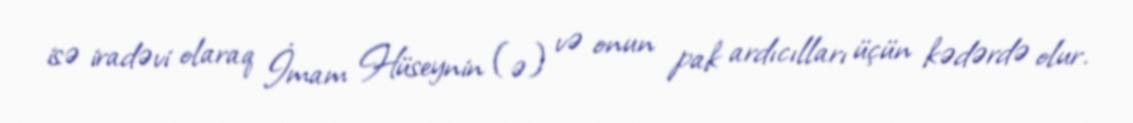
isə iradəvi olaraq İmam Hüseynin (ə) və onun pak ardıcılları üçün kədərdə olur.